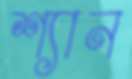
শ্যান